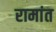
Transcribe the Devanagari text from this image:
रामांत